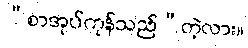
“စာအုပ်ကုန်သည်”တဲ့လား။